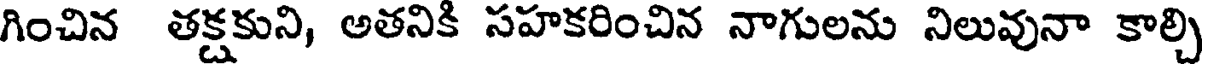
గించిన తక్షకుని, అతనికి సహకరించిన నాగులను నిలువునా కాల్చి